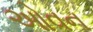
ઓવન